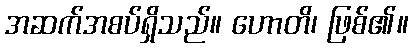
အဆက်အစပ်ရှိသည်။ ဟောတိ၊ ဖြစ်၏။